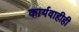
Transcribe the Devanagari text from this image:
कार्यवाहीही